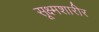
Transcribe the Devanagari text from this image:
सूक्ष्मशारीर